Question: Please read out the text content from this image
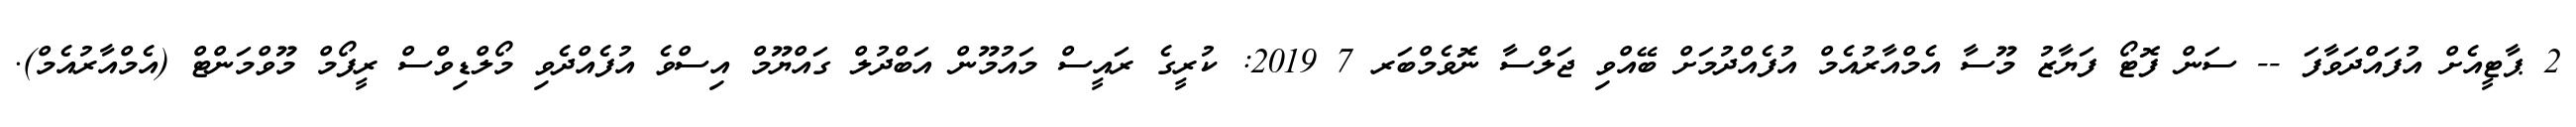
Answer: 2 ޕާޓީއެށް އުފައްދަވާފަ -- ސަން ފޮޓޯ ފަޔާޒު މޫސާ އެމްއާރުއެމް އުފެއްދުމަށް ބޭއްވި ޖަލްސާ ނޮވެމްބަރ 7 2019: ކުރީގެ ރައީސް މައުމޫން އަބްދުލް ގައްޔޫމް އިސްވެ އުފެއްދެވި މޯލްޑިވްސް ރީފޯމް މޫވްމަންޓް (އެމްއާރުއެމް).